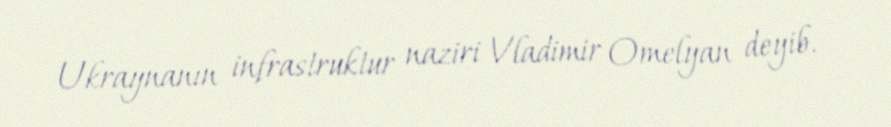
Ukraynanın infrastruktur naziri Vladimir Omelyan deyib.